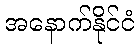
အနောက်နိုင်ငံ